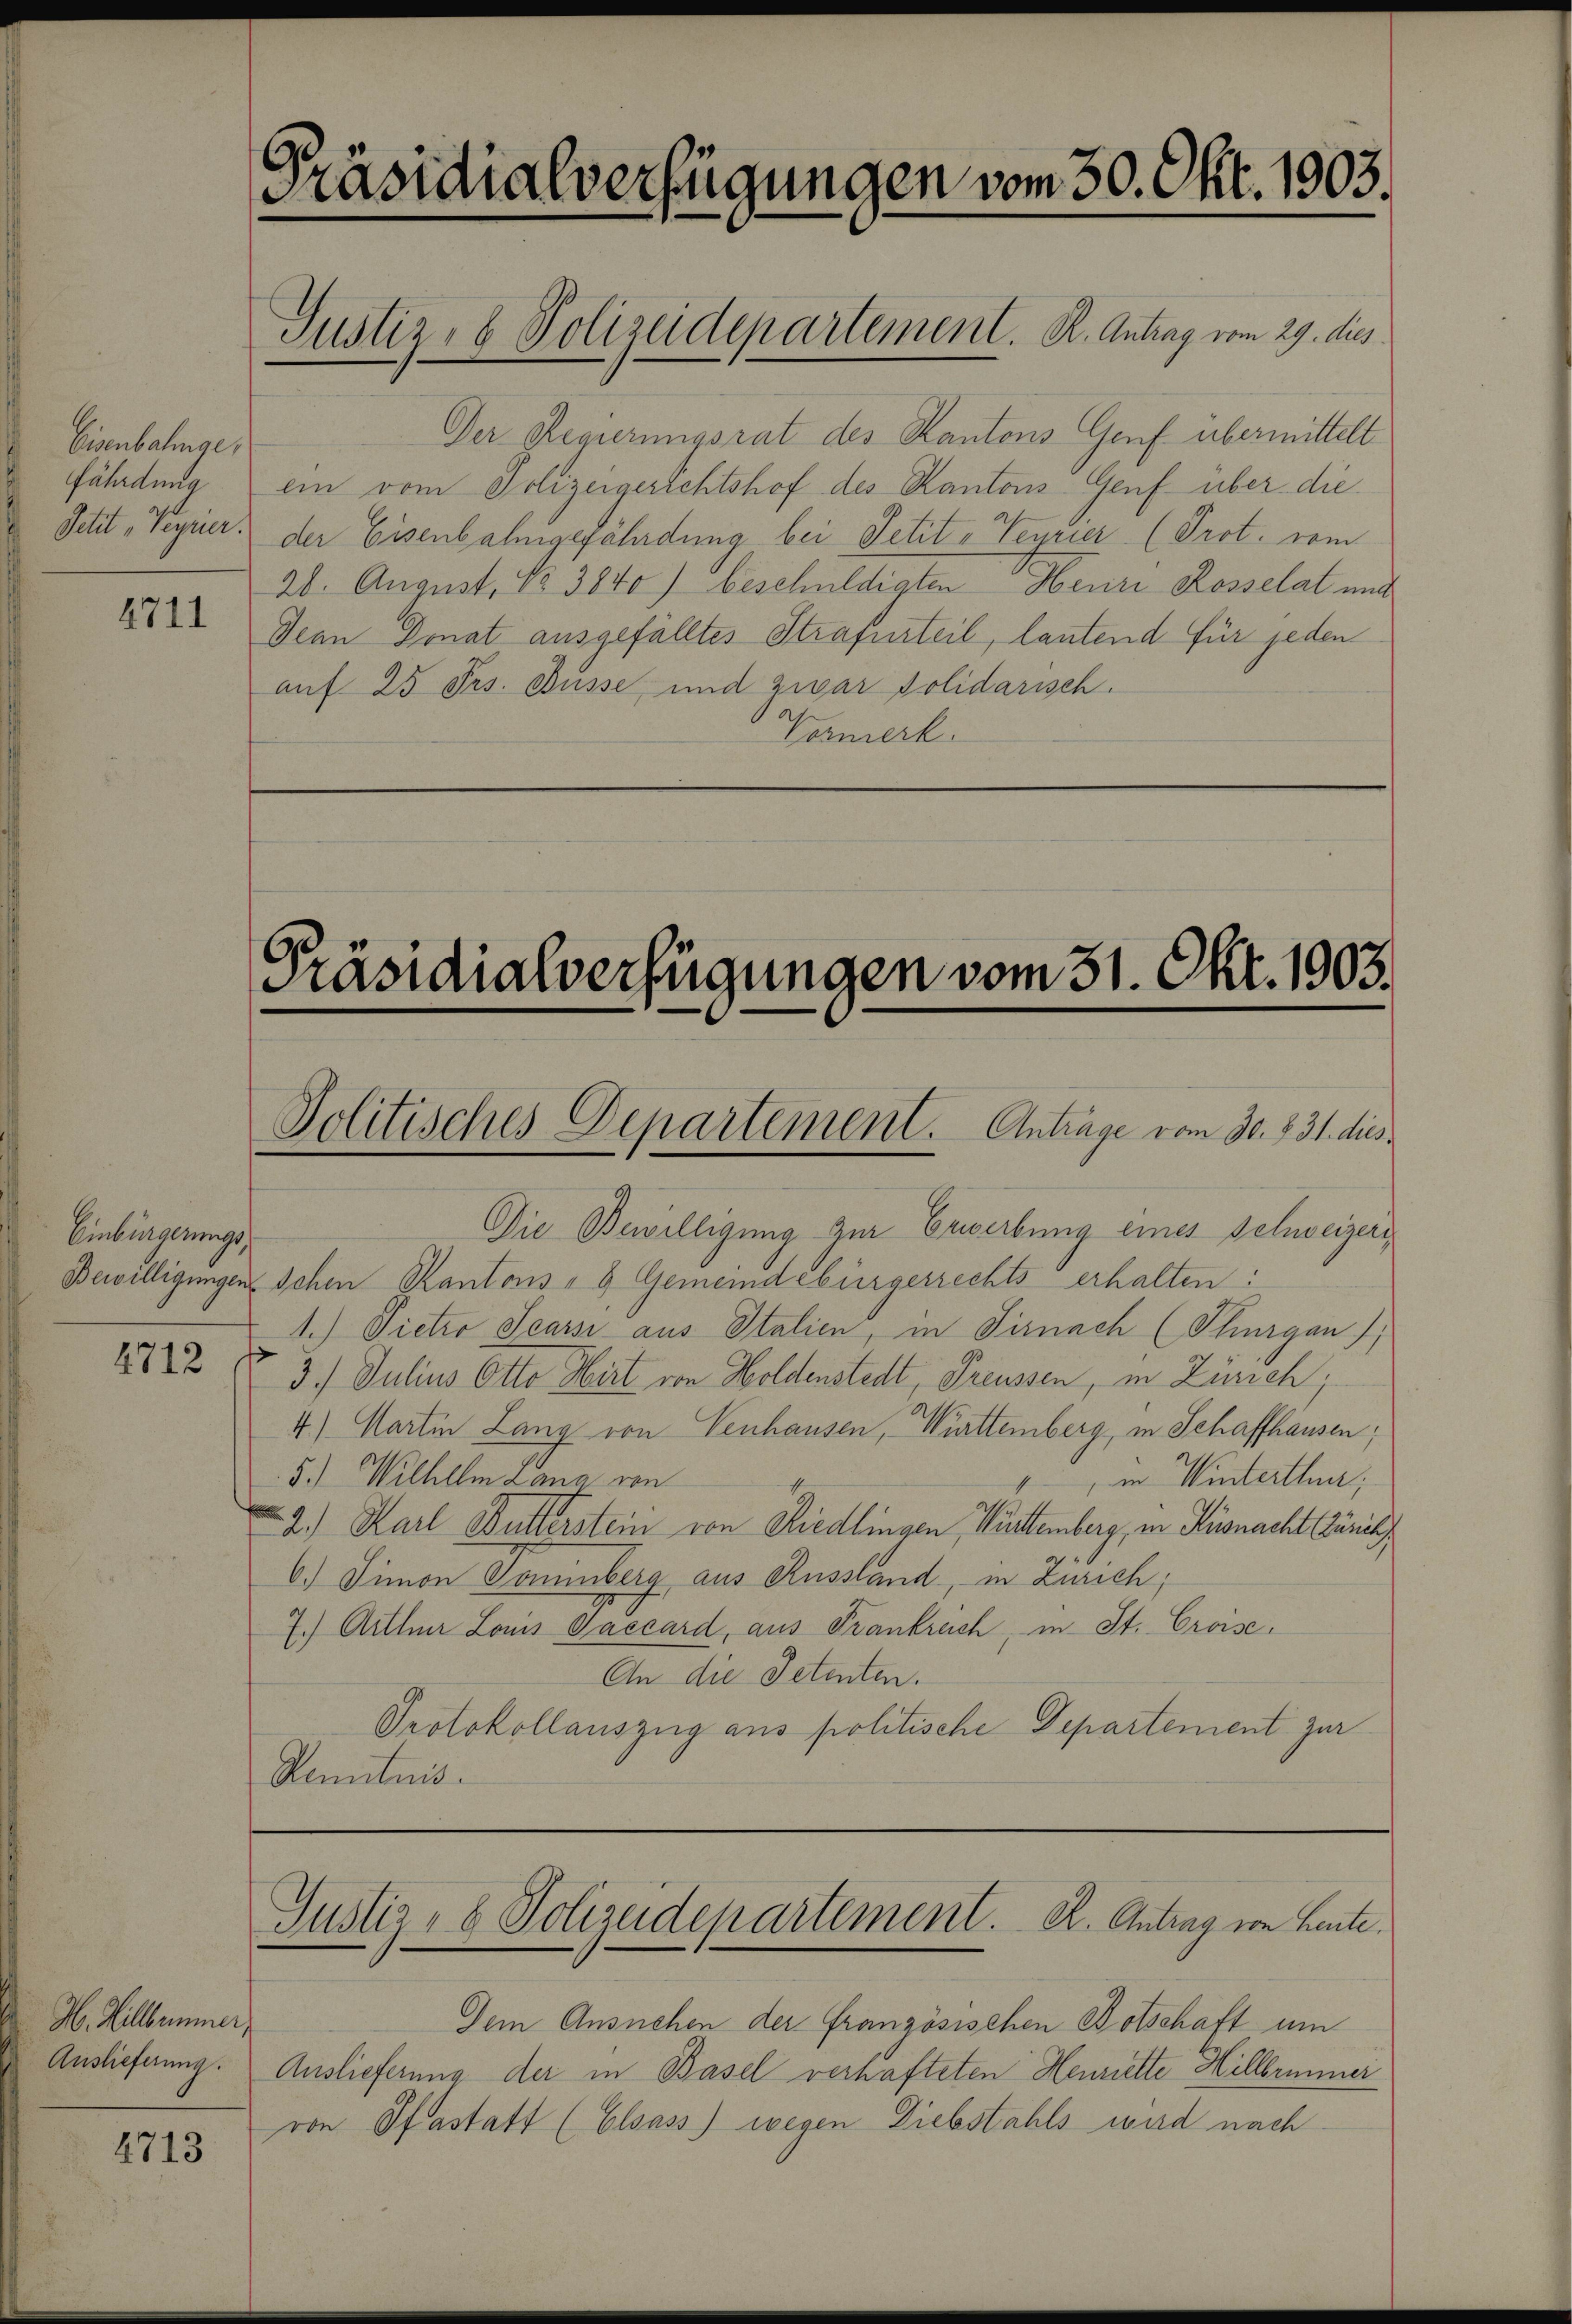
Eisenbahnge,
fährdung
Petit, Veyrier.

4711

Einbürgerungs¬

H. Hillbemmer,
Auslieferung.

2713

Präsidialverfügungen vom 30. Okt. 1903.

Der Regierungsrat des Kantons Genf übermittelt
ein vom Polizeigerichtshof des Kantons-Genf über die
der Eisenbahngefährdung bei Petit-Veyrier (Prot. vom
28. August, No 3840) beschuldigten Henri Rosselat und
Denn Donat ausgefälltes Strafurteil, lautend für jeden
auf 25 Frs. Büsse und zwar solidarisch.
Vermerk.

Justiz- & Polizeidepartement. K. Antrag vom 29. dies

Präsidialverfügungen vom 31. Okt. 1903.
Politisches Departement. Antrage vom 30. 831. dies¬

Die Bewilligung zur Erwerbung eines Schweizeri
Bewilligungen schen Kantons - 9 Gemeindebürgerrechts erhalten:
1.) Pietro Searsi aus Italien, in Sirnach (Thurgau;
1552 2 § 3. Julius Otto Wirt von Holdenstedt Preussen, in Zürich;
4.) Martin Lang von Venhausen, Württemberg, in Schaffhausen,
5.) Wilhelm Lang von
in Winterthan;
2.) Karl Butterstein von Riedlingen, Württemberg, in Küsnacht (Zürich
6.) Simon Sommberg aus Russland, in Zürich;
7.) Arthner Louis Gaccard, aus Frankreich, in St. Croise.
An die Petenten.
Protokollauszug aus politische Departement zur
Renntnis.

Dem Ausnehen der Französischen Botschaft um
Auslieferung der in Basel verhafteten Henriette Hillbrunner
von Pfastatt (Elsass) wegen Diebstahls wird nach

Justiz- & Polizeidepartement. K. Antrag von Leute.